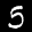
Label: 5